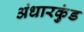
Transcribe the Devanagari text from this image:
अंधारकुंड